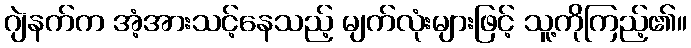
ဂျဲနက်က အံ့အားသင့်နေသည့် မျက်လုံးများဖြင့် သူ့ကိုကြည့်၏။